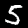
Label: 5